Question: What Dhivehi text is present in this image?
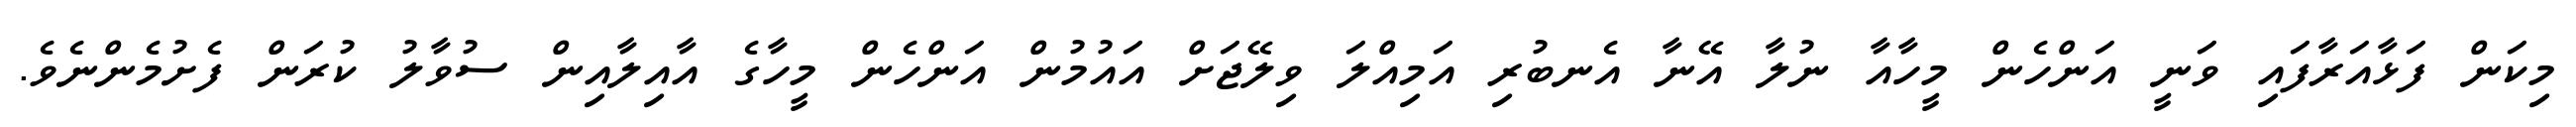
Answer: މިކަން ފަޅާއަރާފައި ވަނީ އަންހެން މީހާއާ ނުލާ އޭނާ އެނބުރި އަމިއްލަ ވިލޭޖަށް އައުމުން އަންހެން މީހާގެ އާއިލާއިން ސުވާލު ކުރަން ފެށުމެންނެވެ.